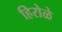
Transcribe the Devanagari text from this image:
हिरोळे